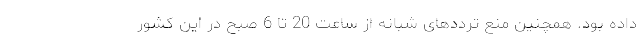
داده بود. همچنین منع ترددهای شبانه از ساعت 20 تا 6 صبح در این کشور